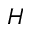
H